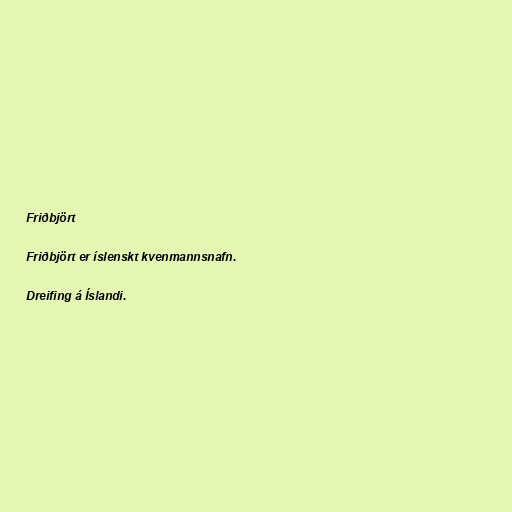
Friðbjört

Friðbjört er íslenskt kvenmannsnafn.

Dreifing á Íslandi.